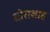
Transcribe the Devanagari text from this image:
सोराशाह